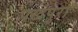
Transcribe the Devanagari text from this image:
पखंपुरा